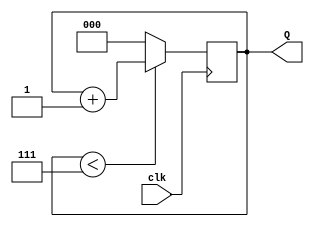
module counter3b(
    output reg [2:0] Q=0,
    input clk
    );
	 
	 
	 always @(posedge clk)
		begin
			if(Q < 7)
				Q = Q+1;
			else 
				Q = 3'b000;
		end
		

endmodule